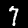
Digit: 7